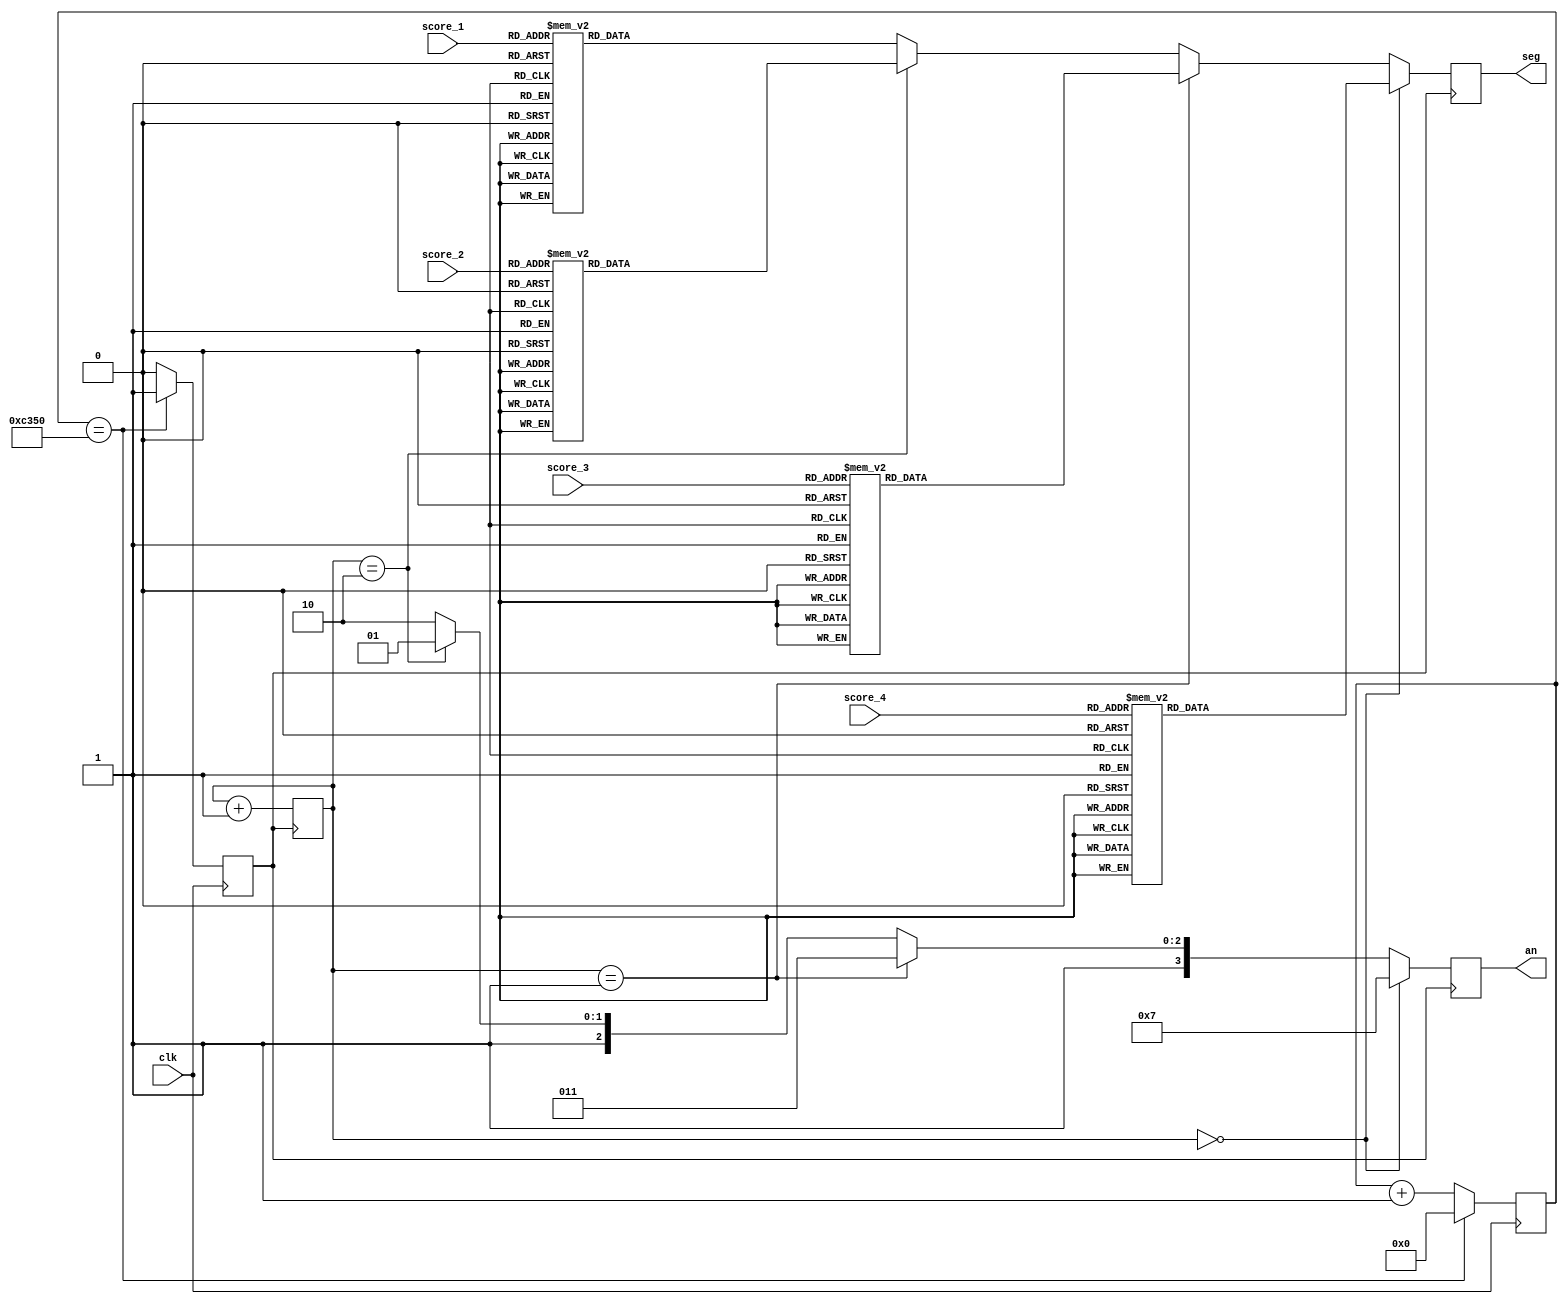
module score_display(
    input wire       clk,
    input wire [3:0] score_1, // 1's place
    input wire [3:0] score_2, 
    input wire [3:0] score_3, 
    input wire [3:0] score_4, // 1000's place
    output reg [7:0] seg,
    output reg [3:0] an
    );

    // Divide the clock to 250Hz for display
	// 1/ ((1/25e6) * 50000 *2)
    reg [17:0] counter;
    reg seg_clk;
    always @ (posedge clk) begin
        if (counter == 50000) begin
            counter <= 0;
            seg_clk <= 1;
        end else begin
            counter <= counter + 1;
            seg_clk <= 0;
        end
    end

    // Which digit we are currently displaying
    reg [1:0] digit;

    initial begin
        digit = 0;
        counter = 0;
    end

    always @ (posedge seg_clk) begin
        digit <= digit + 1;
        if (digit == 2'b00) begin
            an <= 4'b0111;
            display_digit(score_4);
        end else if (digit == 1) begin
            an <= 4'b1011;
            display_digit(score_3);
        end else if (digit == 2) begin
            an <= 4'b1101;
            display_digit(score_2);
        end else begin
            an <= 4'b1110;
            display_digit(score_1);
        end
    end

    task display_digit;
        input [3:0] in;
        begin
            case (in)
                0: seg <= 8'b11000000;
                1: seg <= 8'b11111001;
                2: seg <= 8'b10100100;
                3: seg <= 8'b10110000;
                4: seg <= 8'b10011001;
                5: seg <= 8'b10010010;
                6: seg <= 8'b10000010;
                7: seg <= 8'b11111000;
                8: seg <= 8'b10000000;
				9: seg <= 8'b10010000;          
            default: seg <=  8'b11111111 ;
            endcase
        end
    endtask

endmodule